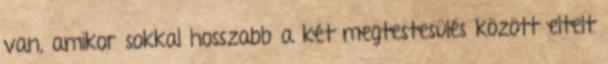
van, amikor sokkal hosszabb a két megtestesülés között eltelt